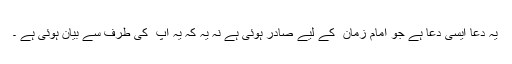
یہ دعا ایسی دعا ہے جو امام زمان ؑ کے لیے صادر ہوئی ہے نہ یہ کہ یہ آپ ؑ کی طرف سے بیان ہوئی ہے ۔